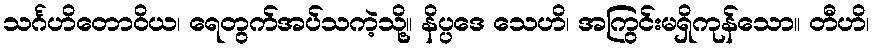
သင်္ဂဟိတောဝိယ၊ ရေတွက်အပ်သကဲ့သို့။ နိပ္ပဒေ သေဟိ၊ အကြွင်းမရှိကုန်သော။ တီဟိ၊